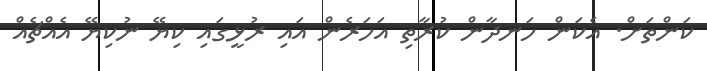
ކަންތަށް. އެކަން ހަނދާން ކުރާތި އަހަރެން އައި ރުޅީގައި ކިޔޭ ނުކިޔޭ އެއްޗެއް